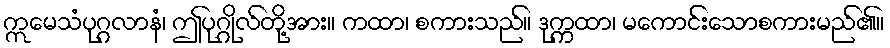
ဣမေသံပုဂ္ဂလာနံ၊ ဤပုဂ္ဂိုလ်တို့အား။ ကထာ၊ စကားသည်။ ဒုက္ကထာ၊ မကောင်းသောစကားမည်၏။